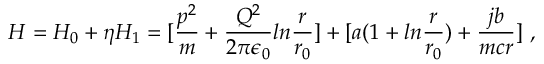
H = H _ { 0 } + \eta H _ { 1 } = [ { \frac { p ^ { 2 } } { m } } + { \frac { Q ^ { 2 } } { 2 \pi \epsilon _ { 0 } } } l n { \frac { r } { r _ { 0 } } } ] + [ a ( 1 + l n { \frac { r } { r _ { 0 } } } ) + { \frac { j b } { m c r } } ] ~ ,